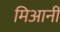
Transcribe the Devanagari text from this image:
मिआनी